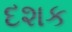
દશક